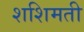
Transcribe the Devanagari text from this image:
शशिमती